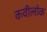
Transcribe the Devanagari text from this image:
कवीलोक